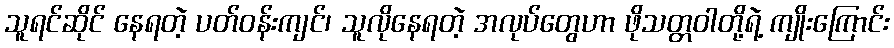
သူရင်ဆိုင် နေရတဲ့ ပတ်ဝန်းကျင်၊ သူလိုနေရတဲ့ အလုပ်တွေဟာ ဖိုသတ္တဝါတို့ရဲ့ ကျိုးကြောင်း